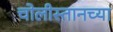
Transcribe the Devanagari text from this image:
चोलीस्तानच्या